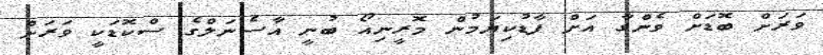
ވަރަށް ބޮޑަށް ވެންގާ އަށް ފާޑުކިޔަމުން މޮރީނިއޯ ބުނީ އާސެނަލްގެ ސްކޮޑަކީ ވަރަށް